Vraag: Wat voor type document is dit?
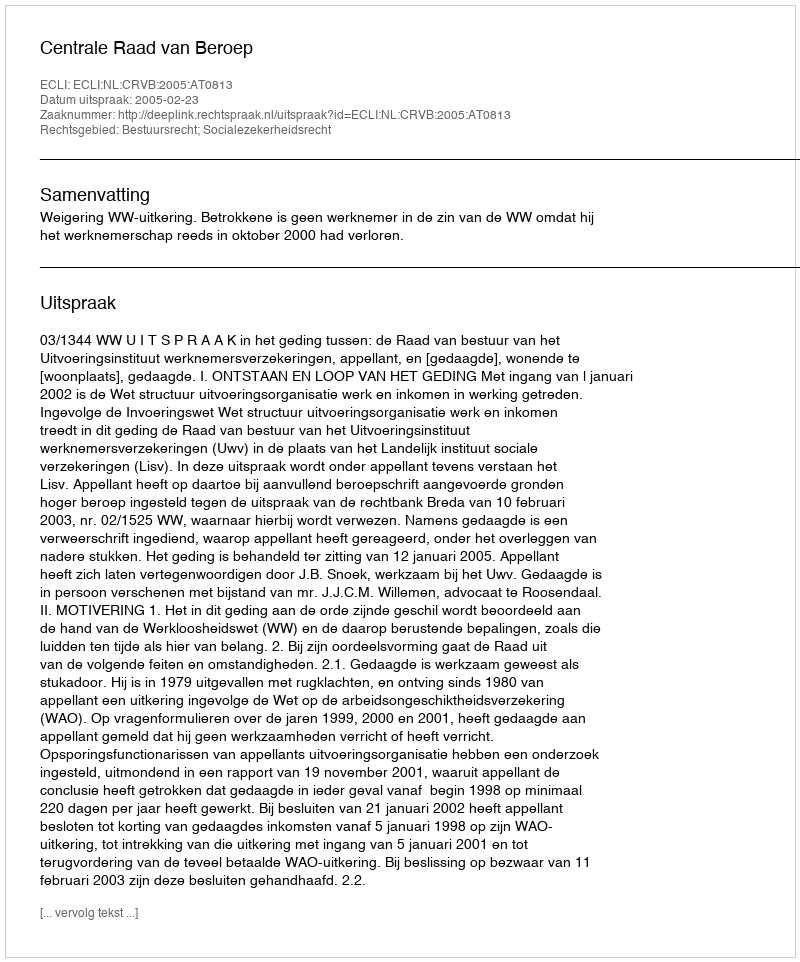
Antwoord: Uitspraak